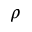
\rho